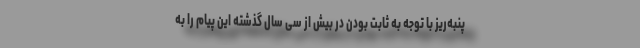
پنبه‌ریز با توجه به ثابت بودن در بیش از سی سال گذشته این پیام را به